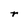
Character: r